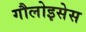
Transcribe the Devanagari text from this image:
गौलोइसेस